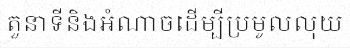
តួនាទីនិងអំណាចដើម្បីប្រមូលលុយ